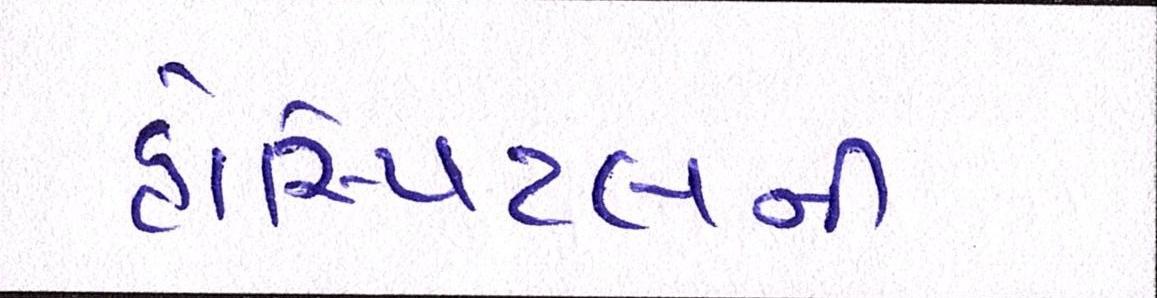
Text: હોસ્પિટલની